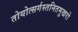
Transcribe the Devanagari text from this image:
तोयोत्सर्गस्तनितमुखरो